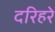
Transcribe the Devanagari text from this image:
दरिहरे